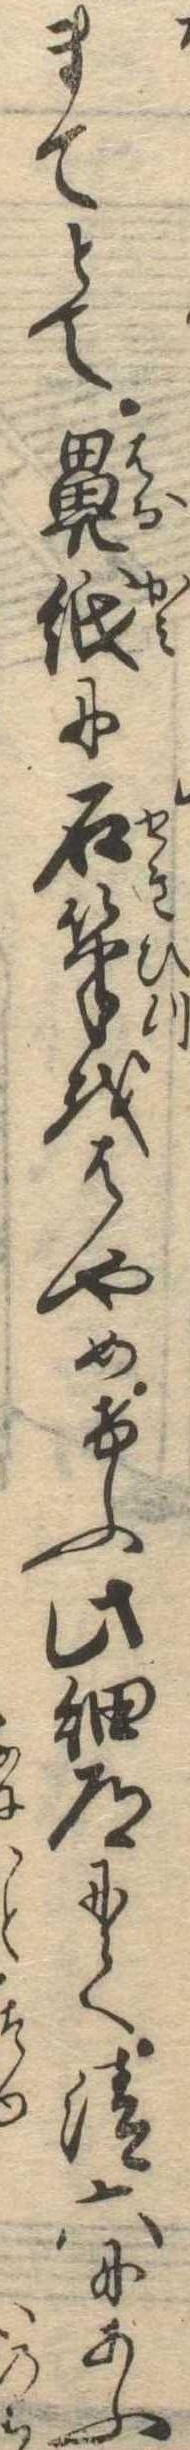
まてとて鼻紙に石筆をはやめけふ此細道にて清六にあふ